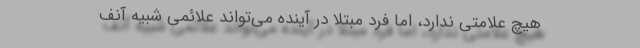
هیچ علامتی ندارد، اما فرد مبتلا در آینده می‌تواند علائمی شبیه آنف